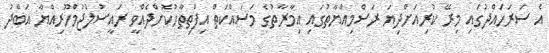
އެ ސަރަހައްދުގައި މިރޭ ކުރިއަށްދިޔަ ރަސްމިއްޔާތުގައި އިމާރާތުގެ މަސައްކަތް އިފްތިތާހުކޮށްދެއްވީ ރައީސުލްޖުމްހޫރިއްޔާ އަބްދު